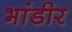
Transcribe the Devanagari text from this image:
भांडीर